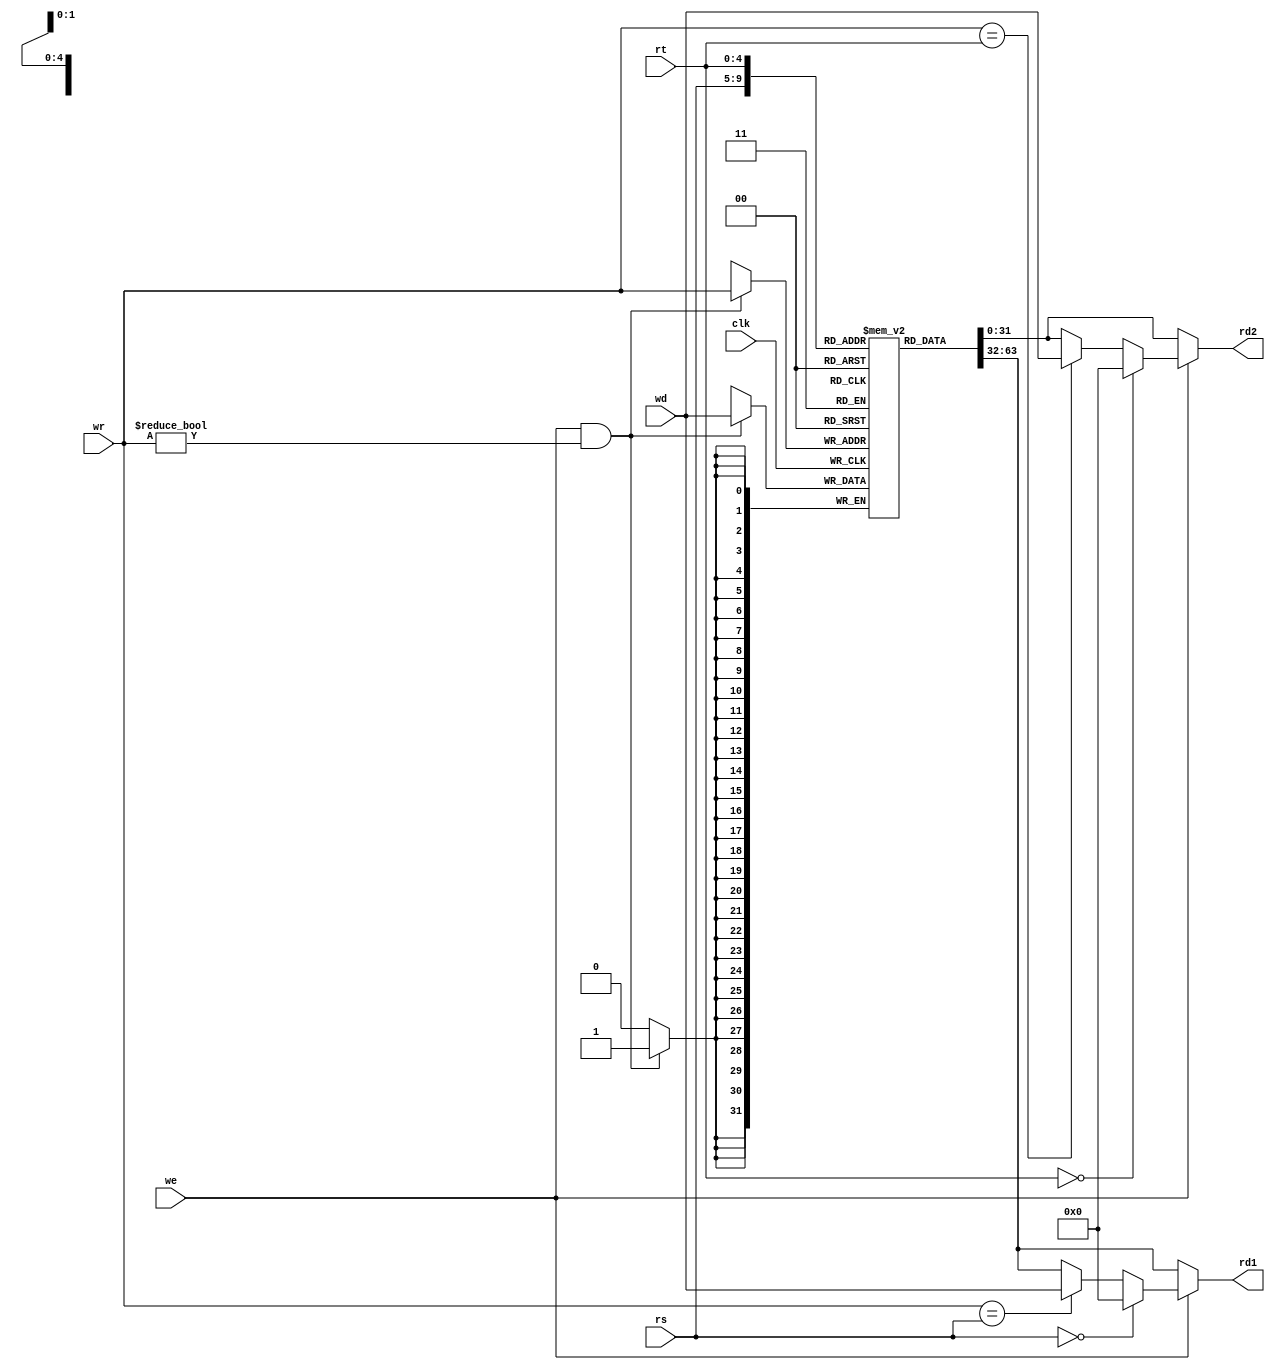
module regfile(input clk,
               input         we,
               input [4:0]   rs,rt,wr,
               input [31:0]  wd,
               output reg [31:0] rd1,rd2);
   reg [31:0]                    rf[31:0];

   always @(posedge clk)
	begin
     if(we && wr != 0) rf[wr] = wd;
	$display("R[00-07]=%8X, %8X, %8X, %8X, %8X, %8X, %8X, %8X", rf[0], rf[1], rf[2], rf[3], rf[4], rf[5],
                  rf[6], rf[7]);
	$display("R[08-15]=%8X, %8X, %8X, %8X, %8X, %8X, %8X, %8X", rf[8], rf[9], rf[10], rf[11], rf[12],
                  rf[13], rf[14], rf[15]);
	$display("R[16-23]=%8X, %8X, %8X, %8X, %8X, %8X, %8X, %8X", rf[16], rf[17], rf[18], rf[19], rf[20],
                  rf[21], rf[22], rf[23]);
	$display("R[24-31]=%8X, %8X, %8X, %8X, %8X, %8X, %8X, %8X", rf[24], rf[25], rf[26], rf[27], rf[28],
                  rf[29], rf[30], rf[31]);
	end
   always @(*)
        if(we)
		  begin
             if(rs == 0)
               rd1 <= 0;
             else if(wr == rs)
               rd1 <= wd;
             else
               rd1 <= rf[rs];
             if(rt == 0)
               rd2 <= 0;
             else if(wr == rt)
               rd2 <= wd;
             else
               rd2 <= rf[rt];
          end // if (we)
	else
	  begin
	     rd1 <= rf[rs];
	     rd2 <= rf[rt];
	  end
endmodule // regfile